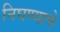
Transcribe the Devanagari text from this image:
निघण्याचे